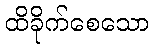
ထိခိုက်စေသော